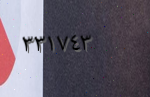
٣٣١٧٤٣